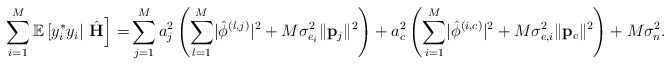
\begin{align*} \sum_{i=1}^M\mathbb{E}\left[y_i^*y_i|\right.\left.\hat{\mathbf{H}}\right] =&\sum_{j=1}^{M}a_j^2\left(\sum_{l=1}^M\lvert\hat{\phi}^{\left(l,j\right)}\rvert^2+M\sigma_{e_i}^2\lVert\mathbf{p}_j\rVert^2\right)+a_c^2\left(\sum_{i=1}^M\lvert\hat{\phi}^{\left(i,c\right)}\rvert^2+M\sigma_{e,i}^2\lVert\mathbf{p}_c\rVert^2\right)+M\sigma_n^2. \end{align*}